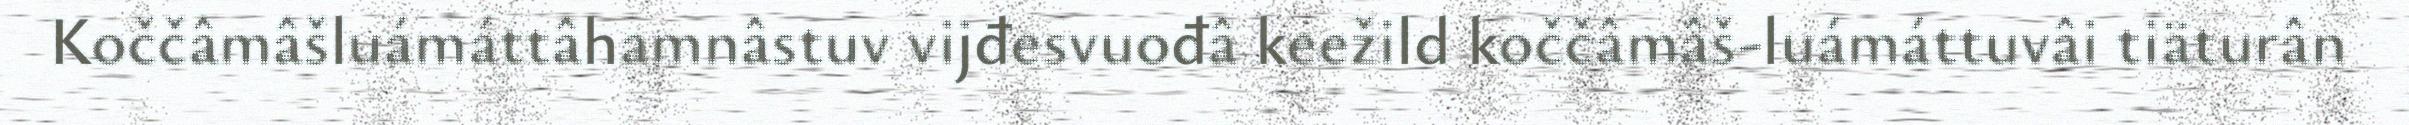
Koččâmâšluámáttâhamnâstuv vijđesvuođâ keežild koččâmâš-luámáttuvâi tiäturân